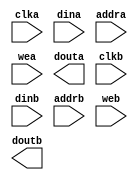
module datamem64(
	clka,
	dina,
	addra,
	wea,
	douta,
	clkb,
	dinb,
	addrb,
	web,
	doutb);


input clka;
input [63 : 0] dina;
input [7 : 0] addra;
input [0 : 0] wea;
output [63 : 0] douta;
input clkb;
input [63 : 0] dinb;
input [7 : 0] addrb;
input [0 : 0] web;
output [63 : 0] doutb;

// synthesis translate_off

      BLK_MEM_GEN_V2_7 #(
		.C_ADDRA_WIDTH(8),
		.C_ADDRB_WIDTH(8),
		.C_ALGORITHM(1),
		.C_BYTE_SIZE(9),
		.C_COMMON_CLK(0),
		.C_DEFAULT_DATA("0"),
		.C_DISABLE_WARN_BHV_COLL(0),
		.C_DISABLE_WARN_BHV_RANGE(0),
		.C_FAMILY("virtex2p"),
		.C_HAS_ENA(0),
		.C_HAS_ENB(0),
		.C_HAS_MEM_OUTPUT_REGS_A(0),
		.C_HAS_MEM_OUTPUT_REGS_B(0),
		.C_HAS_MUX_OUTPUT_REGS_A(0),
		.C_HAS_MUX_OUTPUT_REGS_B(0),
		.C_HAS_REGCEA(0),
		.C_HAS_REGCEB(0),
		.C_HAS_SSRA(0),
		.C_HAS_SSRB(0),
		.C_INIT_FILE_NAME("no_coe_file_loaded"),
		.C_LOAD_INIT_FILE(0),
		.C_MEM_TYPE(2),
		.C_MUX_PIPELINE_STAGES(0),
		.C_PRIM_TYPE(1),
		.C_READ_DEPTH_A(256),
		.C_READ_DEPTH_B(256),
		.C_READ_WIDTH_A(64),
		.C_READ_WIDTH_B(64),
		.C_SIM_COLLISION_CHECK("ALL"),
		.C_SINITA_VAL("0"),
		.C_SINITB_VAL("0"),
		.C_USE_BYTE_WEA(0),
		.C_USE_BYTE_WEB(0),
		.C_USE_DEFAULT_DATA(1),
		.C_USE_ECC(0),
		.C_USE_RAMB16BWER_RST_BHV(0),
		.C_WEA_WIDTH(1),
		.C_WEB_WIDTH(1),
		.C_WRITE_DEPTH_A(256),
		.C_WRITE_DEPTH_B(256),
		.C_WRITE_MODE_A("READ_FIRST"),
		.C_WRITE_MODE_B("READ_FIRST"),
		.C_WRITE_WIDTH_A(64),
		.C_WRITE_WIDTH_B(64),
		.C_XDEVICEFAMILY("virtex2p"))
	inst (
		.CLKA(clka),
		.DINA(dina),
		.ADDRA(addra),
		.WEA(wea),
		.DOUTA(douta),
		.CLKB(clkb),
		.DINB(dinb),
		.ADDRB(addrb),
		.WEB(web),
		.DOUTB(doutb),
		.ENA(),
		.REGCEA(),
		.SSRA(),
		.ENB(),
		.REGCEB(),
		.SSRB(),
		.DBITERR(),
		.SBITERR());


// synthesis translate_on

// XST black box declaration
// box_type "black_box"
// synthesis attribute box_type of datamem64 is "black_box"

endmodule